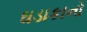
ઘડાકાનો